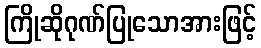
ကြိုဆိုဂုဏ်ပြုသောအားဖြင့်